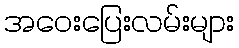
အဝေးပြေးလမ်းများ